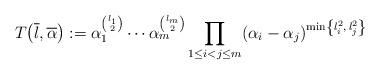
LaTeX: \begin{align*}T\!\left(\overline{l},\overline{\alpha}\right) := \alpha_1^{\binom{l_1}{2}} \cdots \alpha_m^{\binom{l_m}{2}}\prod_{1 \le i < j \le m} (\alpha_i - \alpha_j)^{\min \left\{ l_i^2,\, l_j^2 \right\}}\end{align*}